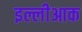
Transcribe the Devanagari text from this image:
इल्लीआक